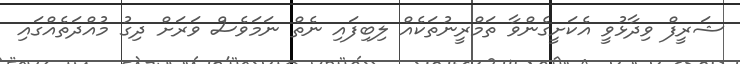
ޝަރީފް ވިދާޅުވީ އެކަށީގެންވާ ތަމްރީނުތަކެއް ލިބިފައި ނެތް ނަމަވެސް ވަރަށް ދިގު މުއްދަތެއްގައި